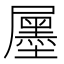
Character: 𡳫